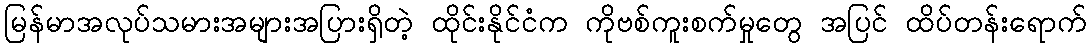
မြန်မာအလုပ်သမားအများအပြားရှိတဲ့ ထိုင်းနိုင်ငံက ကိုဗစ်ကူးစက်မှုတွေ အပြင် ထိပ်တန်းရောက်